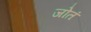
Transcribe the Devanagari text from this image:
जोतं